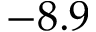
- 8 . 9